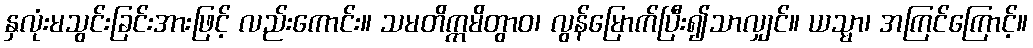
နှလုံးမသွင်းခြင်းအားဖြင့် လည်းကောင်း။ သမတိက္ကမိတွာဝ၊ လွန်မြောက်ပြီး၍သာလျှင်။ ယသ္မာ၊ အကြင်ကြောင့်။